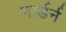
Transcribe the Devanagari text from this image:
मार्डर्न